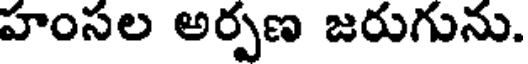
హంసల అర్పణ జరుగును.